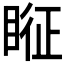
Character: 𱳂